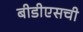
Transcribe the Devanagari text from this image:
बीडीएसची